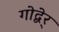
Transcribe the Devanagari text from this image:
गोद्बेर्